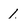
Character: 1